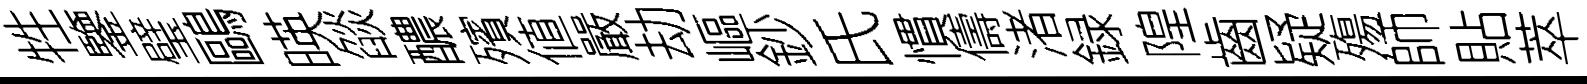
牲鑒璧鷗暎燄醲殯値嚴劫嶇鈔氏慣儔渚録隍齒疑殤師貼萃